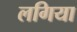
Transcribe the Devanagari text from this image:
लगिया